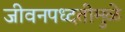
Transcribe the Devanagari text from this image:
जीवनपध्दतीमुळे